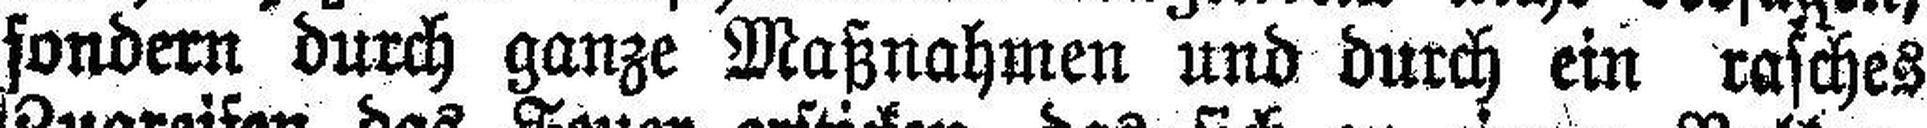
sondern durch ganze Maßnahmen und durch ein rasches